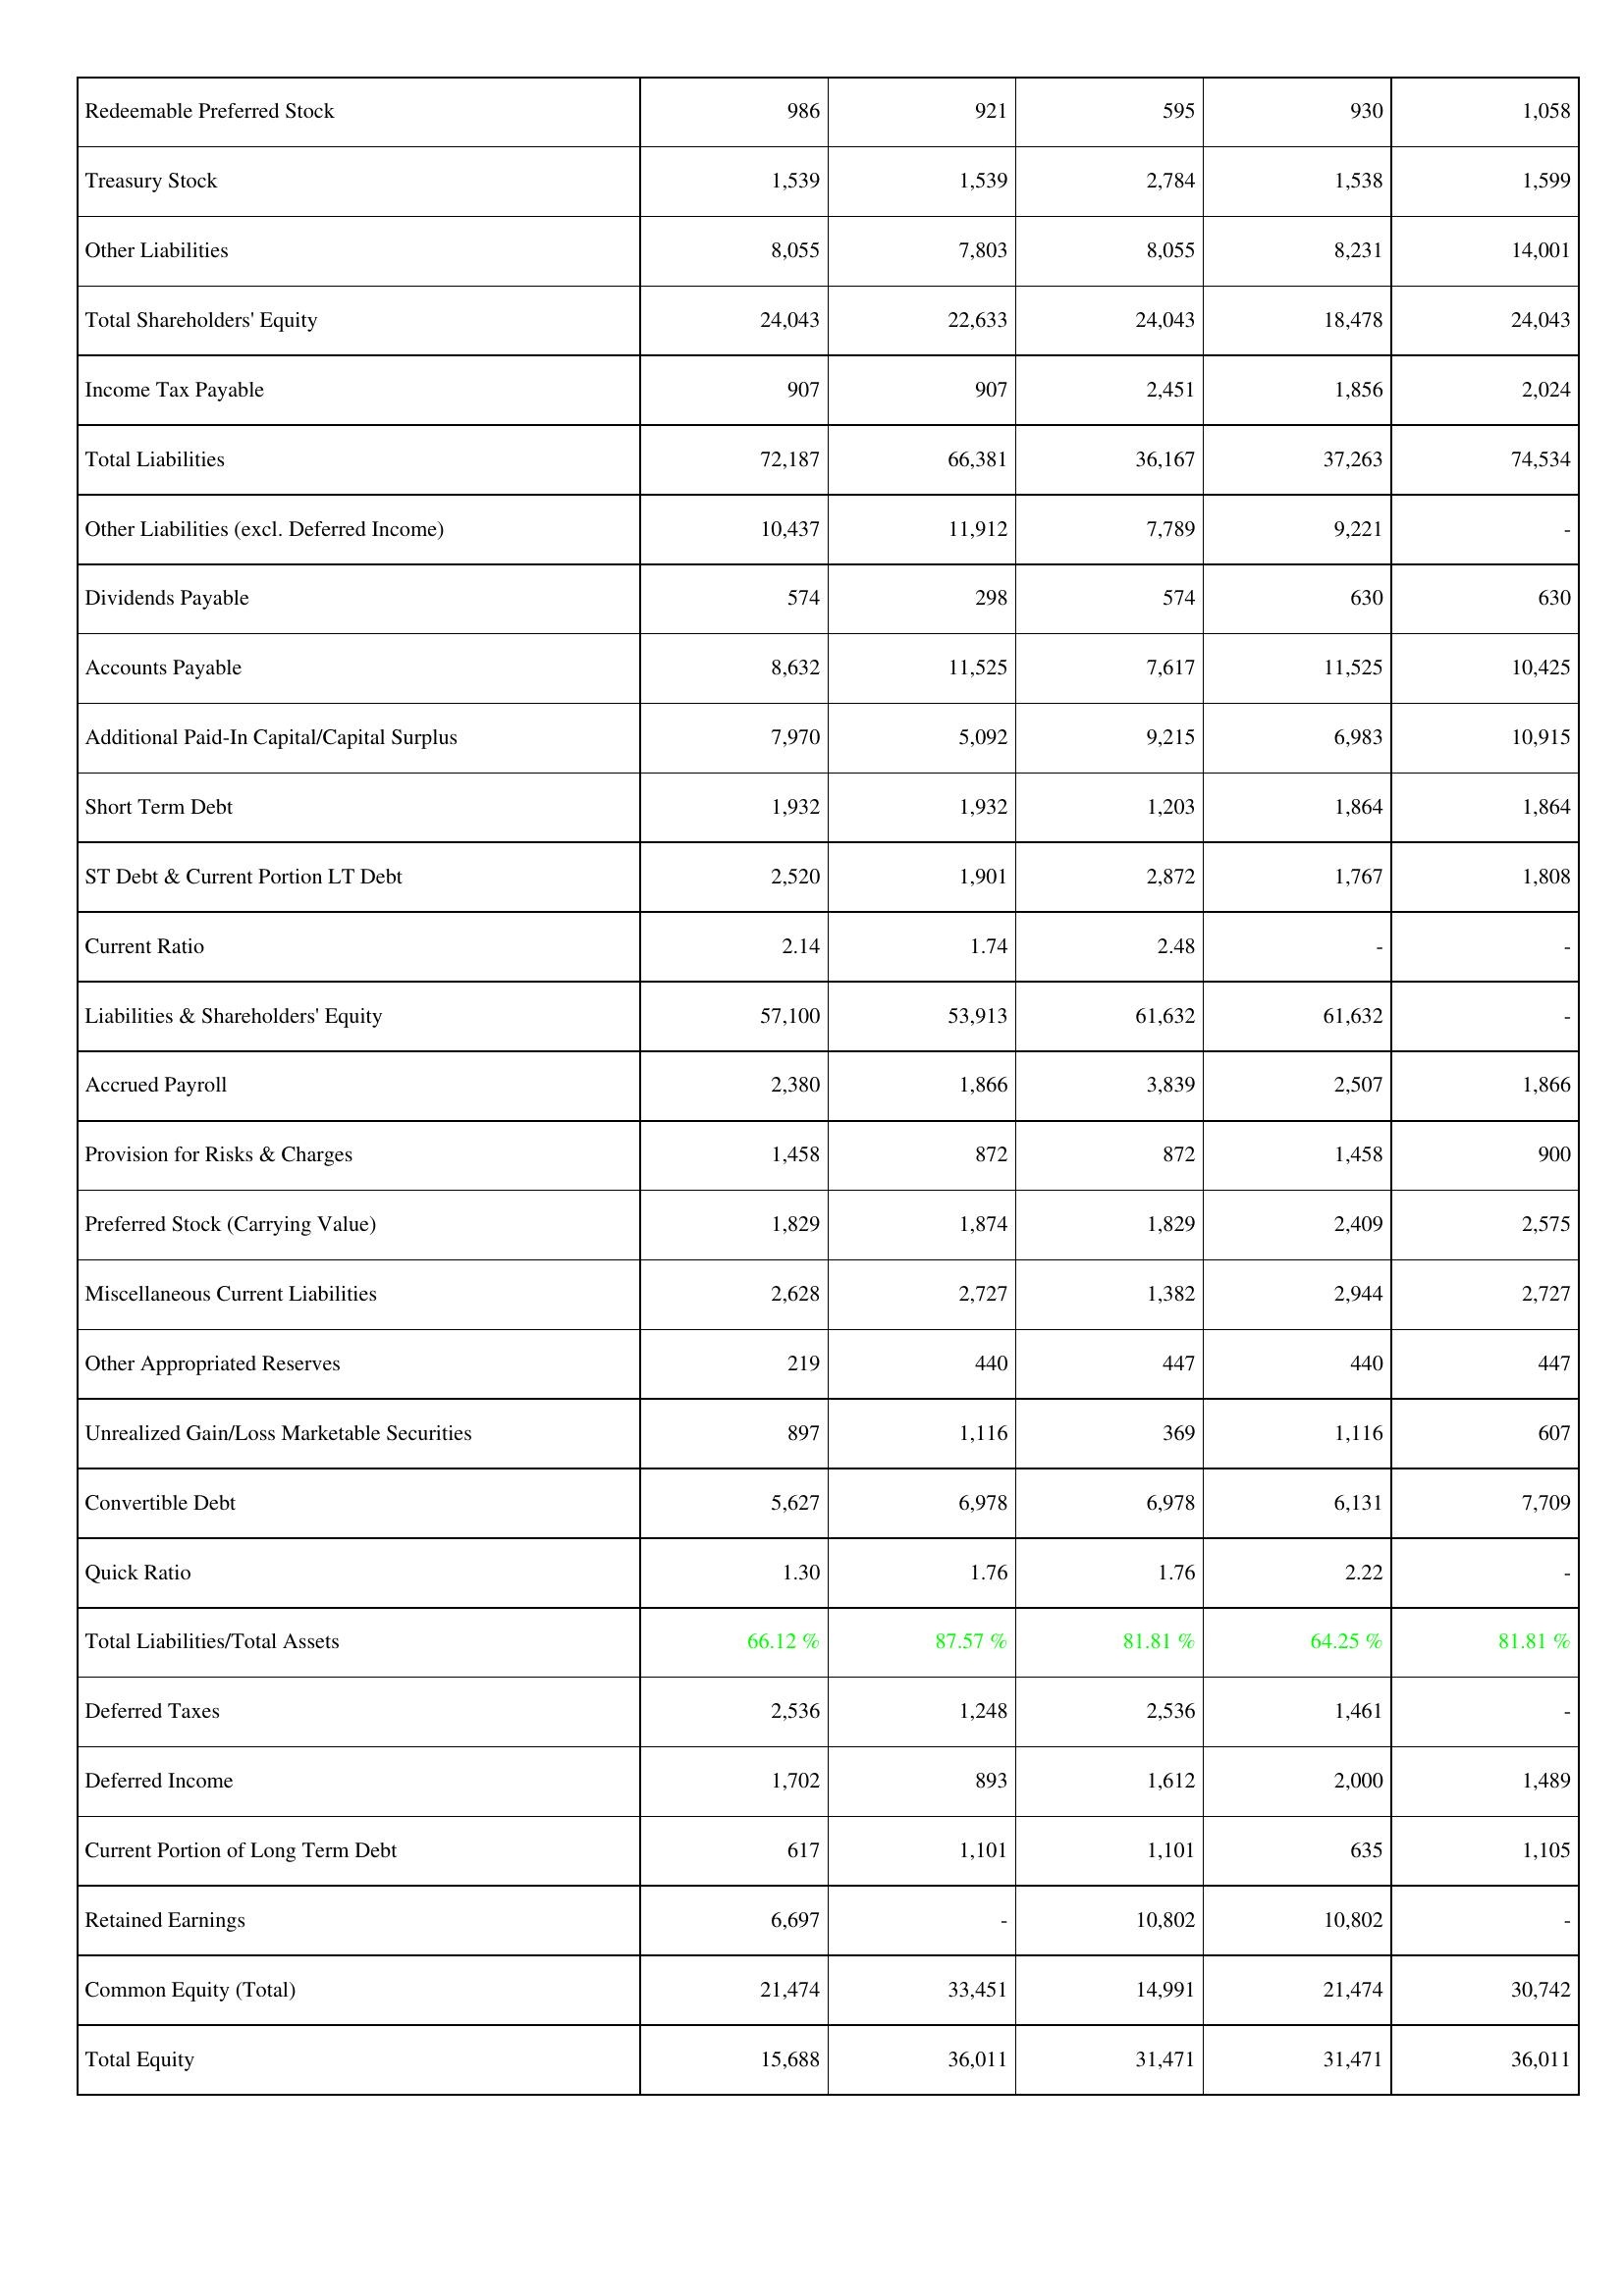
2007: Liabilities & Shareholders' Equity: Redeemable Preferred Stock: 986
Treasury Stock: 1,539
Other Liabilities: 8,055
Total Shareholders' Equity: 24,043
Income Tax Payable: 907
Total Liabilities: 72,187
Other Liabilities (excl. Deferred Income): 10,437
Dividends Payable: 574
Accounts Payable: 8,632
Additional Paid-In Capital/Capital Surplus: 7,970
Short Term Debt: 1,932
ST Debt & Current Portion LT Debt: 2,520
Current Ratio: 2.14
Liabilities & Shareholders' Equity: 57,100
Accrued Payroll: 2,380
Provision for Risks & Charges: 1,458
Preferred Stock (Carrying Value): 1,829
Miscellaneous Current Liabilities: 2,628
Other Appropriated Reserves: 219
Unrealized Gain/Loss Marketable Securities: 897
Convertible Debt: 5,627
Quick Ratio: 1.30
Total Liabilities/Total Assets: 66.12 %
Deferred Taxes: 2,536
Deferred Income: 1,702
Current Portion of Long Term Debt: 617
Retained Earnings: 6,697
Common Equity (Total): 21,474
Total Equity: 15,688
2008: Liabilities & Shareholders' Equity: Redeemable Preferred Stock: 921
Treasury Stock: 1,539
Other Liabilities: 7,803
Total Shareholders' Equity: 22,633
Income Tax Payable: 907
Total Liabilities: 66,381
Other Liabilities (excl. Deferred Income): 11,912
Dividends Payable: 298
Accounts Payable: 11,525
Additional Paid-In Capital/Capital Surplus: 5,092
Short Term Debt: 1,932
ST Debt & Current Portion LT Debt: 1,901
Current Ratio: 1.74
Liabilities & Shareholders' Equity: 53,913
Accrued Payroll: 1,866
Provision for Risks & Charges: 872
Preferred Stock (Carrying Value): 1,874
Miscellaneous Current Liabilities: 2,727
Other Appropriated Reserves: 440
Unrealized Gain/Loss Marketable Securities: 1,116
Convertible Debt: 6,978
Quick Ratio: 1.76
Total Liabilities/Total Assets: 87.57 %
Deferred Taxes: 1,248
Deferred Income: 893
Current Portion of Long Term Debt: 1,101
Retained Earnings: -
Common Equity (Total): 33,451
Total Equity: 36,011
2009: Liabilities & Shareholders' Equity: Redeemable Preferred Stock: 595
Treasury Stock: 2,784
Other Liabilities: 8,055
Total Shareholders' Equity: 24,043
Income Tax Payable: 2,451
Total Liabilities: 36,167
Other Liabilities (excl. Deferred Income): 7,789
Dividends Payable: 574
Accounts Payable: 7,617
Additional Paid-In Capital/Capital Surplus: 9,215
Short Term Debt: 1,203
ST Debt & Current Portion LT Debt: 2,872
Current Ratio: 2.48
Liabilities & Shareholders' Equity: 61,632
Accrued Payroll: 3,839
Provision for Risks & Charges: 872
Preferred Stock (Carrying Value): 1,829
Miscellaneous Current Liabilities: 1,382
Other Appropriated Reserves: 447
Unrealized Gain/Loss Marketable Securities: 369
Convertible Debt: 6,978
Quick Ratio: 1.76
Total Liabilities/Total Assets: 81.81 %
Deferred Taxes: 2,536
Deferred Income: 1,612
Current Portion of Long Term Debt: 1,101
Retained Earnings: 10,802
Common Equity (Total): 14,991
Total Equity: 31,471
2010: Liabilities & Shareholders' Equity: Redeemable Preferred Stock: 930
Treasury Stock: 1,538
Other Liabilities: 8,231
Total Shareholders' Equity: 18,478
Income Tax Payable: 1,856
Total Liabilities: 37,263
Other Liabilities (excl. Deferred Income): 9,221
Dividends Payable: 630
Accounts Payable: 11,525
Additional Paid-In Capital/Capital Surplus: 6,983
Short Term Debt: 1,864
ST Debt & Current Portion LT Debt: 1,767
Current Ratio: -
Liabilities & Shareholders' Equity: 61,632
Accrued Payroll: 2,507
Provision for Risks & Charges: 1,458
Preferred Stock (Carrying Value): 2,409
Miscellaneous Current Liabilities: 2,944
Other Appropriated Reserves: 440
Unrealized Gain/Loss Marketable Securities: 1,116
Convertible Debt: 6,131
Quick Ratio: 2.22
Total Liabilities/Total Assets: 64.25 %
Deferred Taxes: 1,461
Deferred Income: 2,000
Current Portion of Long Term Debt: 635
Retained Earnings: 10,802
Common Equity (Total): 21,474
Total Equity: 31,471
2011: Liabilities & Shareholders' Equity: Redeemable Preferred Stock: 1,058
Treasury Stock: 1,599
Other Liabilities: 14,001
Total Shareholders' Equity: 24,043
Income Tax Payable: 2,024
Total Liabilities: 74,534
Other Liabilities (excl. Deferred Income): -
Dividends Payable: 630
Accounts Payable: 10,425
Additional Paid-In Capital/Capital Surplus: 10,915
Short Term Debt: 1,864
ST Debt & Current Portion LT Debt: 1,808
Current Ratio: -
Liabilities & Shareholders' Equity: -
Accrued Payroll: 1,866
Provision for Risks & Charges: 900
Preferred Stock (Carrying Value): 2,575
Miscellaneous Current Liabilities: 2,727
Other Appropriated Reserves: 447
Unrealized Gain/Loss Marketable Securities: 607
Convertible Debt: 7,709
Quick Ratio: -
Total Liabilities/Total Assets: 81.81 %
Deferred Taxes: -
Deferred Income: 1,489
Current Portion of Long Term Debt: 1,105
Retained Earnings: -
Common Equity (Total): 30,742
Total Equity: 36,011